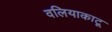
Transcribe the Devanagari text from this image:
वलियाकाटू